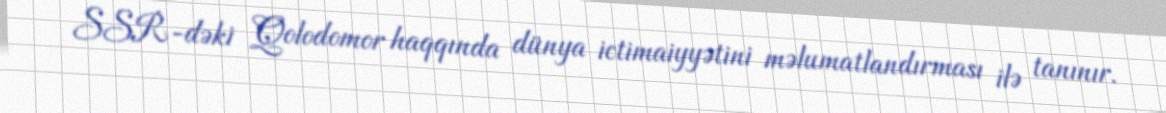
SSR-dəki Qolodomor haqqında dünya ictimaiyyətini məlumatlandırması ilə tanınır.